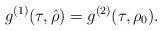
LaTeX: \begin{align*} g^{(1)}(\tau, \hat{\rho}) = g^{(2)}(\tau,\rho_0).\end{align*}